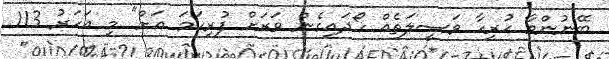
ބޭނުންވާ ހުރިހާ ވަސީލަތެއް ހޯދައިގެން ވަރަށް ފުރިހަމަ އަށް" މި އަހަރު 113